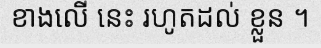
ខាងលើ នេះ រហូតដល់ ខ្លួន ។